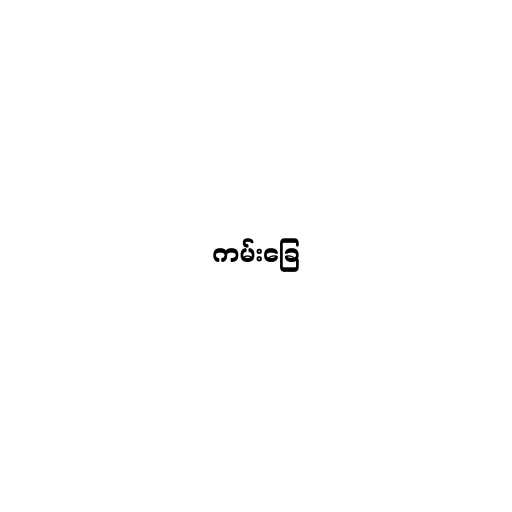
ကမ်းခြေ